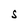
Character: S